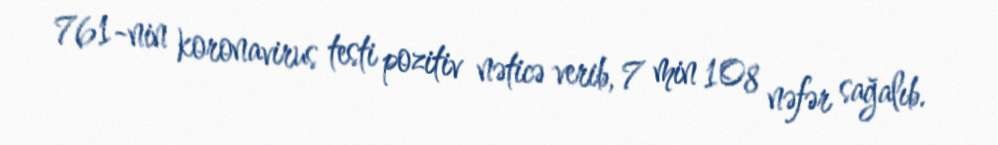
761-nin koronavirus testi pozitiv nəticə verib, 7 min 108 nəfər sağalıb.